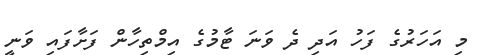
މި އަހަރުގެ ފަހު އަދި ދެ ވަނަ ޓާމުގެ އިމްތިހާން ފަށާފައި ވަނީ